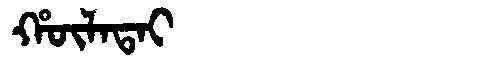
Manchu: ᡥᡡᠯᠠᡨᠠᡳ
Romanization: HŪLATAI